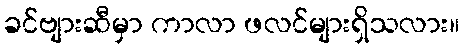
ခင်ဗျားဆီမှာ ကာလာ ဖလင်များရှိသလား။